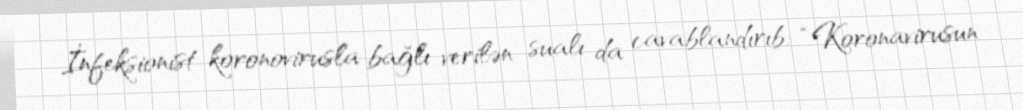
İnfeksionist koronovirusla bağlı verilən sualı da cavablandırıb: “Koronavirusun